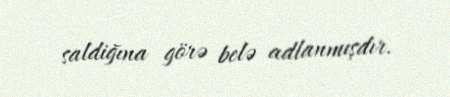
saldiğına görə belə adlanmışdır.